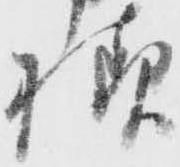
様